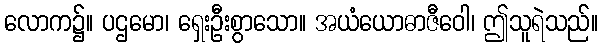
လောက၌။ ပဌမော၊ ရှေးဦးစွာသော။ အယံယောဓာဇီဝေါ၊ ဤသူရဲသည်။